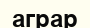
аграр